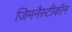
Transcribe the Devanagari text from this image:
जिमनैस्टीकॉन